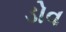
ડોવ